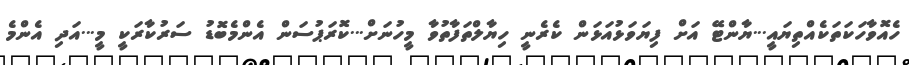
ހެއޮވާހަކަތަކެއްތިޔައީ...ޔާންޓޭ އަށް ފިޔަވަޅުއަޅަން ކެރެނީ ހިޔާލްތަފާތުވާ މީހުނަށް...ކޮރަޕުސަން އެންމެބޮޑު ސަރުކާރަކީ މީ...އަދި އެންމެ